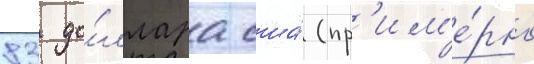
83 до́ллара сша́ (пр'им'е́рно